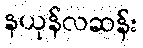
နယုန်လဆန်း